Civil Veterinary Department. United Provinces 1912-22 - 1912-1922
Year: 1912
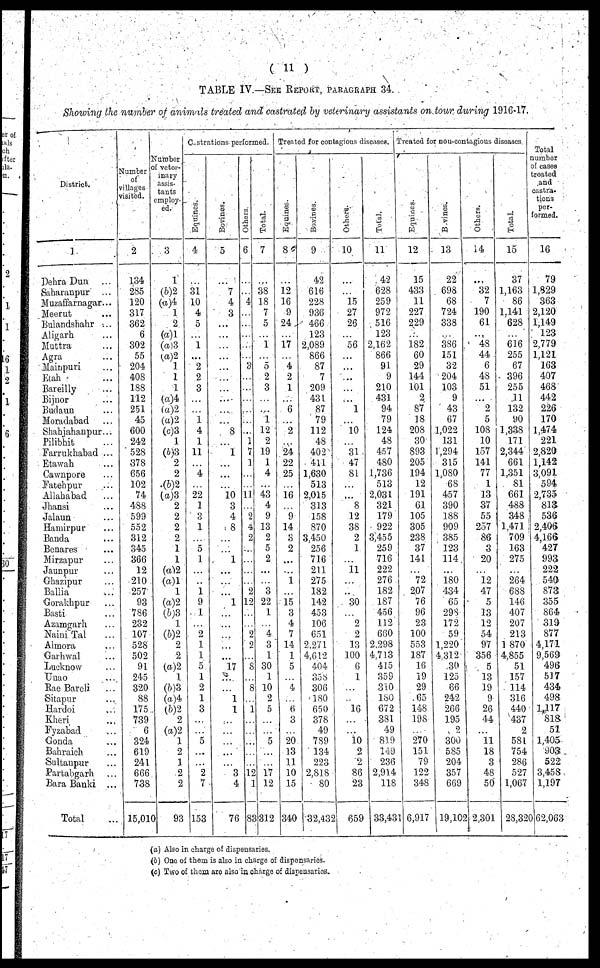
( 11 )
TABLE IV.—SEE REPORT, PARAGRAPH 34.
Showing the number of animals treated and castrated by veterinary assistants on tour during 1916-17.
District.
1
Dehra Dun ...
Saharanpur ...
Muzaffarnagar ...
Meerut ...
Bulandshahr ...
Aligarh ...
Muttra ...
Agra...
Mainpuri ...
Etah ...
Bareilly ...
Bijnor ...
Budaun ...
Moradabad ...
Shahjahanpur...
Pilibhit ...
Farrukhabad ...
Etawah ...
Cawnpore ...
Fatehpur ...
Allahabad ...
Jhansi ...
Jalaun ...
Hamirpur ...
Banda ...
Benares ...
Mirzapur ...
Jaunpur ...
Ghazipur ...
Ballia ...
Gorakhpur ...
Basti ...
Azamgarh ...
Naini Tal ...
Almora ...
Garhwal ...
Lucknow ...
Uuao ...
Rae Bareli ...
Sitapur ...
Hardoi ...
Kheri ...
Fyzabad ...
Gonda ...
Bahraich ...
Sultanpur ...
Partahgarh ...
Bara Banki ...
Total ...
Number
of
villages
visited.
2
134
285
120
317
362
6
302
55
204
40S
188
112
251
45
600
242
528
378
656
102
74
488
599
552
312
345
366
12
210
257
93
786
232
107
528
502
91
245
320
88
175
739
6
324
619
241
666
738
15,010
i
Number
of veter-
inary
assis-
tants
employ-
ed.
3
1
(6)2
(a)4
1
2
(a)1
(a) 3
(a)2
1
1
1
(a)4
(a)2
(a)2
(c)3
1
(b)3
2
2
(6)2
(a)3
2
2
2
2
1
1
(a)2
(a)l
1
(a)2
(b)3
1
(6)2
2
2
(a)2
1
(b)3
(a)4
(b)2
2
(a)2
1
2
1
2
2
93
Castrations performed.
Equines.
4
...
31
10
4
5
...
1
...
2
2
3
...
...
1
4
1
11
...
4
...
22
1
3
1
...
5
1
...
...
1
9
1
...
2
1
1
5
1
2
1
3
...
...
5
...
...
2
7
153
Bovines
5
...
7
4
3
...
...
...
...
...
...
...
...
...
...
8
...
1
...
...
...
10
3
4
8
...
...
1
...
...
...
1
...
...
...
...
...
17
...
...
1
1
...
...
...
...
...
3
4
76
Others.
6
...
...
4
...
...
...
...
...
3
...
...
...
...
...
...
1
7
1
...
...
11
...
2
4
2
...
...
...
...
2
12
...
...
2
2
...
5
...
8
...
1
...
...
...
...
...
12
1
83
Total.
7
...
38
18
7
5
...
1
...
5
2
3
...
...
1
12
2
19
1
4
...
43
4
9
13
2
5
2
...
...
3
22
1
...
4
3
1
30
1
10
2
5
...
...
5
...
...
17
12
312
Treated for Contagious diseases.
Equines.
8
...
12
16
9
24
...
17
...
4
2
1
...
6
...
2
...
24
22
25
...
16
...
9
14
3
2
...
...
1
...
15
3
4
7
14
1
5
...
4
...
6
3
...
20
13
11
10
15
340
Bovines.
9
42
616
228
936
466
123
2,089
866
87
7
209
431
87
79
112
48
402
411
1,630
513
2,015
313
158
870
3,450
256
716
211
275
182
142
453
106
651
2.27 1
4,612
404
358
306
180
650
378
49
789
134
223
2,818
80
32,432
Others.
10
...
...
15
27
26
...
56
...
...
...
...
...
1
...
10
...
31
47
81
...
...
8
12
38
2
1
...
11
...
...
30
...
2
2
13
100
6
1
...
...
16
...
...
10
2
2
86
23
659
Total.
11
42
628
259
972
516
123
2,1.62
866
91
9
210
431
94
79
124
48
457
480
1,736
513
2,031
321
179
922
3,455
259
716
222
276
182
187
456
112
660
2.298
4.713
415
359
310
180
672
381
49
819
149
236
2,914
118
33,431
Treated for non-contagious diseases
Equines.
12
15
433
11
227
229
...
182
60
29
144
101
2
87
18
208
30
893
205
194
12
191
61
105
305
238
37
141
...
72
207
76
96
23
100
553
187
16
19
29
65
148
198
...
270
151
79
122
34S
I 6,917
Bovines.
13
22
698
68
724
338
...
386
151
32
204
103
9
43
67
1,022
131
1,294
315
1,080
68
457
390
188
909
385
123
114
...
180
434
65
298
172
59
1,220
4 312
30
125
66
242
266
195
2
300
585
204
357
669
19,102
Others.
14
...
32
7
190
61
...
48
44
6
48
51
...
2
5
108
10
157
141
77
1
13
37
55
257
86
3
20
...
3 2
47
5
33
12
54
97
356
5
13
19
9
26
44
...
11
18
3
48
50
2,301
Total.
15
37
1,163
86
1,141
628
...
616
255
67
396
255
11
132
90
1,338
171
2,344
661
1,351
81
661
488
348
1,471
709
163
275
...
264
688
146
407
207
213
1 870
4,855
51
157
114
316
440
437
2
581
754
286
527
1,067
28,320
Total
number
of cases
treated
and
castra.
tions
per-
formed.
16
79
1,829
363
2,120
1,149
123
2,779
1,121
163
407
468
442
226
170
1,474
221
2,820
1,142
3,091
594
2,735
813
536
2,406
4,366
427
993
222
540
873
355
864
319
877
4,171
9,569
496
517
434
498
1,117
818
51
1,405
903
522
3,458
1,197
62,063
(a) Also in charge of dispensaries.
(b) One of them is also in charge of dispensaries.
(c) Two of them, are also in charge of dispensaries.